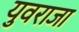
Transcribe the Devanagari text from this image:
युवराजा